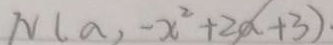
N ( a , - x ^ { 2 } + 2 a + 3 ) \cdot